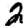
Digit: 2